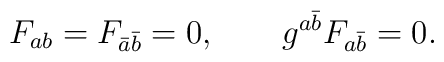
F_{ab} = F_{\bar a \bar b} =0, \qquad g^{a \bar b}F_{a \bar b}=0.